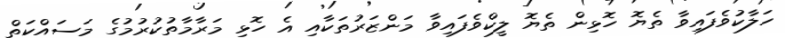
ހަލާކުވެފައިވާ ތެޔޮ ހޮޅިން ތެޔޮ ލީކްވެފައިވާ މަންޒަރުތަކާއި އެ ހޮޅި މަރާމާތުކުރުމުގެ މަސައްކަތް